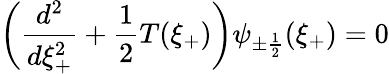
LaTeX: \left(\frac{d^{2}}{d\xi_{+}^{2}}+\frac{1}{2}T(\xi_{+})\right)\psi_{\pm\frac{1}{2}}(\xi_{+})=0